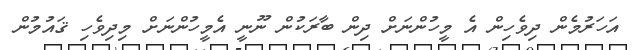
އަހަރުމެން ދިވެހިން އެ މީހުންނަށް ދިން ބާރަކުން ނޫނީ އެމީހުންނަށް މިދިވެހި ޤައުމުން